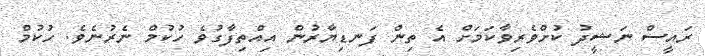
ރައީސް ނަޝީދު ކުށްވެރިވާކަމަށް އެ ތިން ފަނޑިޔާރުން އިއްތިފާގުވެ ހުކުމް ނެރުނެވެ. ހުކުމް